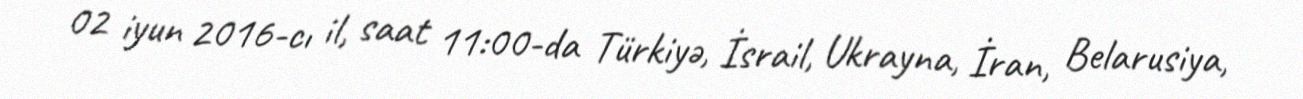
02 iyun 2016-cı il, saat 11:00-da Türkiyə, İsrail, Ukrayna, İran, Belarusiya,